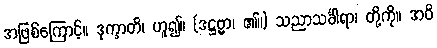
အဖြစ်ကြောင့်။ ဒုက္ခာတိ၊ ဟူ၍။ (ဒဋ္ဌဗ္ဗာ၊ ၏။) သညာသင်္ခါရာ၊ တို့ကို။ အဝိ